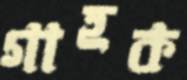
গাহক